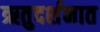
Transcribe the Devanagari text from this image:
ऋतुदर्शनात